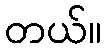
တယ်။